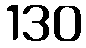
130